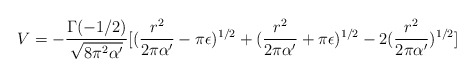
\begin{align*}V=-\frac{\Gamma(-1/2)}{\sqrt{8\pi^2 \alpha '}}[(\frac{r^2}{2\pi \alpha '}-\pi \epsilon)^{1/2}+ (\frac{r^2}{2\pi \alpha '}+\pi \epsilon)^{1/2}- 2(\frac{r^2}{2\pi \alpha '})^{1/2}]\end{align*}